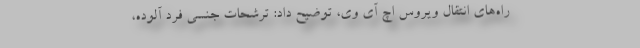
راه‌های انتقال ویروس اچ آی وی، توضیح داد: ترشحات جنسی فرد آلوده،